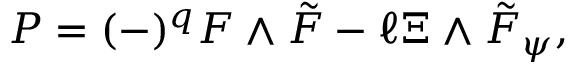
{ \cal P } = ( - ) ^ { q } F \wedge \tilde { F } - \ell \Xi \wedge \tilde { F } _ { \psi } ,